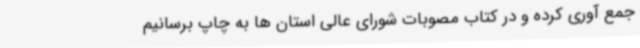
جمع آوری کرده و در کتاب مصوبات شورای عالی استان ها به چاپ برسانیم